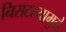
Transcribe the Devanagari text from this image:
निसटल्यामुळे